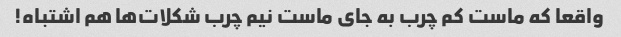
واقعا که ماست کم چرب به جای ماست نیم چرب شکلات‌ها هم اشتباه!